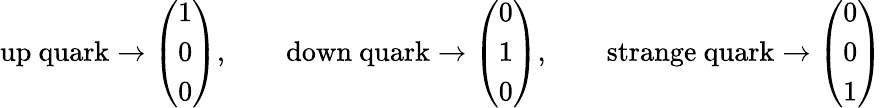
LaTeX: {\mathrm{up~quark}}\rightarrow{\left(\begin{array}{l}{1}\\ {0}\\ {0}\end{array}\right)},\qquad{\mathrm{down~quark}}\rightarrow{\left(\begin{array}{l}{0}\\ {1}\\ {0}\end{array}\right)},\qquad{\mathrm{strange~quark}}\rightarrow{\left(\begin{array}{l}{0}\\ {0}\\ {1}\end{array}\right)}